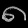
Digit: ၈